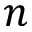
n